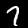
Label: 7